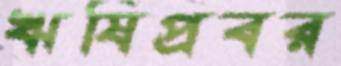
ঋষিপ্রবর